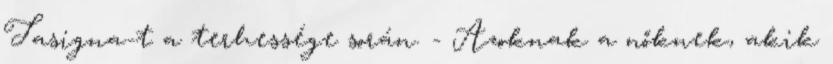
Tasigna-t a terhessége során. - Azoknak a nőknek, akik